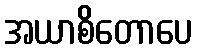
အယာစိတောပေ